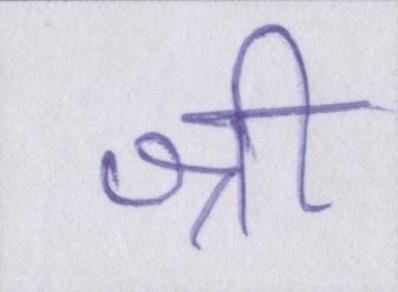
श्री